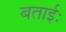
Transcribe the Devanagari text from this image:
बताईः